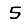
Digit: 5